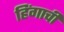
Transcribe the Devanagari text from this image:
हिंगाची